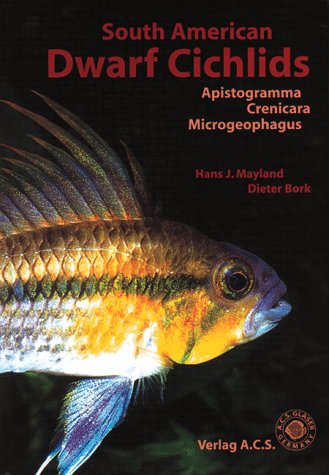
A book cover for South American Dwarf Cichlids (Aqualog Book, Vol. 1); Dieter Bork; Crafts, Hobbies & Home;